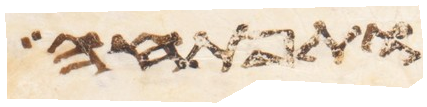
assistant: ותפתחה